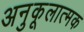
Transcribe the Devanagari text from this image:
अनुकूलात्मक